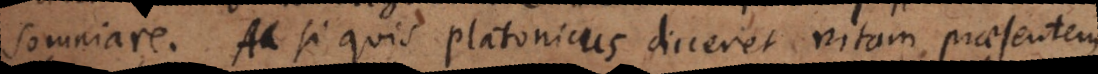
somniare. Ac si quis Platonicus diceret vitam praesentem